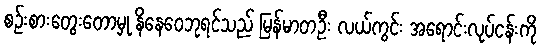
စဉ်းစားတွေးတောမှု နိနေဝေဘုရင်သည် မြန်မာတဦး လယ်ကွင်း အရောင်းလုပ်ငန်းကို